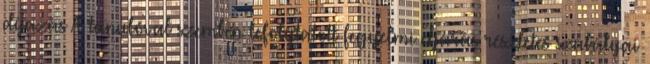
díjazás A tanulóval szemben lefolytatott fegyelmi eljárás részletes szabályai